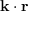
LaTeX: { \mathbf { k } } \cdot { \mathbf { r } }